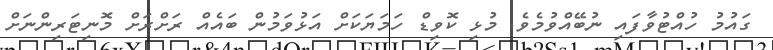
ގައުމު ހުއްޓުވާފައި ނުބޭއްވުމެވެ. މުޅި ކޮވިޑް ހަމަޔަކަށް އަޅުވަމުން ބައެއް ރަށްރަށް މޮނިޓަރިންނަށް